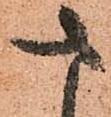
さ